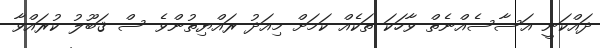
ދައްކަނީ އަސާސެއްނެތް ވާހަކަ ތަކެއް ކަމަށް މިއަދު ރައްޔިތުންވެ ސް ޤަބޫލު ކުރައްވާ